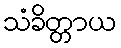
သံခိတ္တာယ